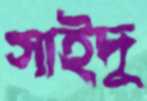
সাইদু